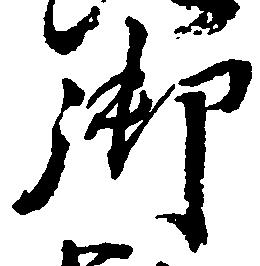
御